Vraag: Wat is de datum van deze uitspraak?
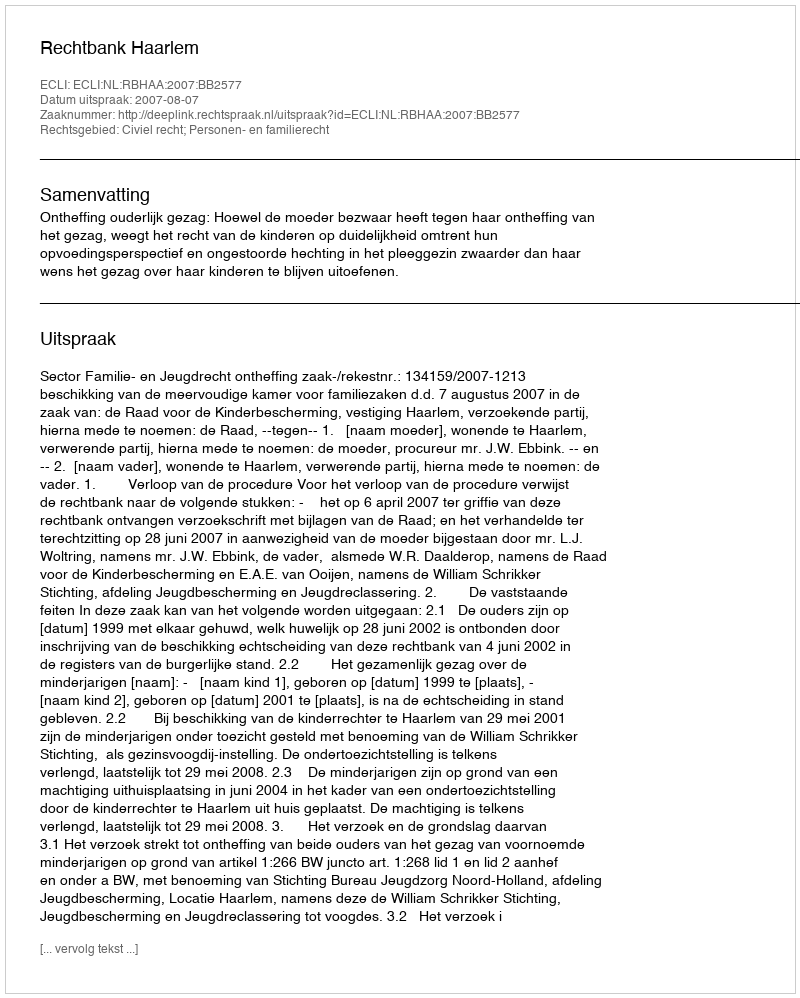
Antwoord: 2007-08-07